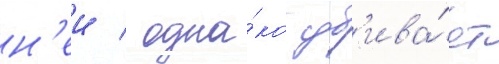
н'еи / одна́ко уб'ива́ет